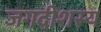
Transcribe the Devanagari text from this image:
जगदीशस्य